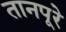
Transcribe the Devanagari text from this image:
तानपूरे